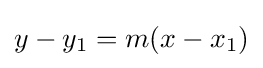
y-y_{1}=m(x-x_{1})